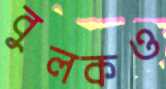
বুলকও